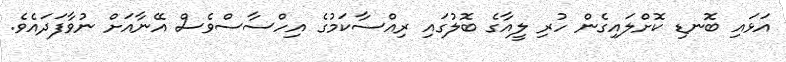
އަޅައި ބޮނޑި ކޮށްލައިގެން ހުރި ލީއާގެ ބޮލުގައި ރިއްސާކަމުގެ އިހްސާސްވެސް އޭނާއަށް ނުވާފަދައެވެ.